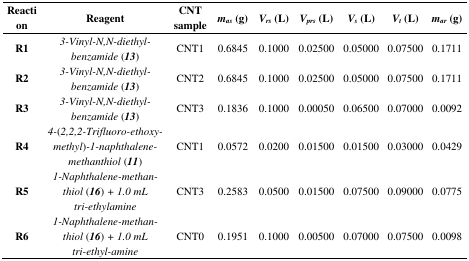
<table><thead><tr><td><b>Reaction</b></td><td><b>Reagent</b></td><td><b>CNT sample</b></td><td><b><i>m<sub>as</sub></i> (g)</b></td><td><b><i>V<sub>rs</sub></i> (L)</b></td><td><b><i>V<sub>prs</sub></i> (L)</b></td><td><b><i>V<sub>s</sub></i> (L)</b></td><td><b><i>V<sub>t</sub></i> (L)</b></td><td><b><i>m<sub>ar</sub></i> (g)</b></td></tr></thead><tbody><tr><td><b>R1</b></td><td><i>3-Vinyl-N,N-diethyl-benzamide</i> (<i><b>13</b></i>)</td><td>CNT1</td><td>0.6845</td><td>0.1000</td><td>0.02500</td><td>0.05000</td><td>0.07500</td><td>0.1711</td></tr><tr><td><b>R2</b></td><td><i>3-Vinyl-N,N-diethyl-benzamide</i> (<i><b>13</b></i>)</td><td>CNT2</td><td>0.6845</td><td>0.1000</td><td>0.02500</td><td>0.05000</td><td>0.07500</td><td>0.1711</td></tr><tr><td><b>R3</b></td><td><i>3-Vinyl-N,N-diethyl-benzamide</i> (<i><b>13</b></i>)</td><td>CNT3</td><td>0.1836</td><td>0.1000</td><td>0.00050</td><td>0.06500</td><td>0.07000</td><td>0.0092</td></tr><tr><td><b>R4</b></td><td><i>4-</i>(<i>2,2,2-Trifluoro-ethoxy-methyl</i>)<i>-1-naphthalene-methanthiol</i> (<i><b>11</b></i>)</td><td>CNT1</td><td>0.0572</td><td>0.0200</td><td>0.01500</td><td>0.01500</td><td>0.03000</td><td>0.0429</td></tr><tr><td><b>R5</b></td><td><i>1-Naphthalene-methan-thiol</i> (<i><b>16</b></i>)<i> + 1.0 mL tri-ethylamine</i></td><td>CNT3</td><td>0.2583</td><td>0.0500</td><td>0.01500</td><td>0.07500</td><td>0.09000</td><td>0.0775</td></tr><tr><td><b>R6</b></td><td><i>1-Naphthalene-methan-thiol</i> (<i><b>16</b></i>)<i> + 1.0 mL tri-ethyl-amine</i></td><td>CNT0</td><td>0.1951</td><td>0.1000</td><td>0.00500</td><td>0.07000</td><td>0.07500</td><td>0.0098</td></tr></tbody></table>